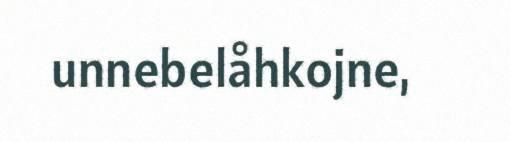
unnebelåhkojne,